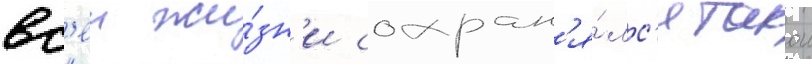
вс'еи жи́зн'и сохран'я́лс'я такои